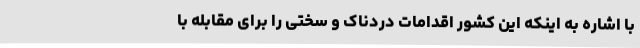
با اشاره به اینکه این کشور اقدامات دردناک و سختی را برای مقابله با